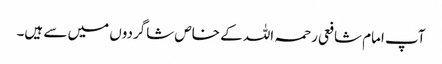
آپ امام شافعی رحمہ اللہ کے خاص شاگردوں میں سے ہیں۔